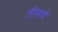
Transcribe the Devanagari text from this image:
तीसावे